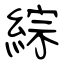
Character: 綜